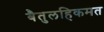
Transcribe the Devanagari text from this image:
बैतुलहिकमत